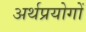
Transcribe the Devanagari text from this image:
अर्थप्रयोगों